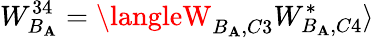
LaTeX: W_{B_{\mathbf{A}}}^{34}=\langleW_{B_{\mathbf{A}},C3}W_{B_{\mathbf{A}},C4}^{*}\rangle